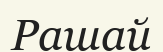
Рашай